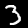
Digit: 3